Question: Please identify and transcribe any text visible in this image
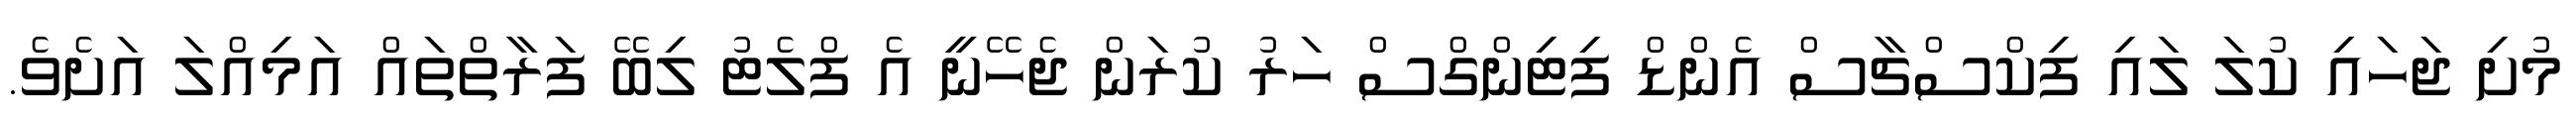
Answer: މުށި ޖަހައި ކުލަ ލައި ފިކްސްޗާސް އެންޑް ފިޓިންގްސް ހަރު ކުރަން ޖެހޭނީ އެ ފްލެޓު ލިބޭ ފަރާތްތައް އަމިއްލަ އަށެވެ.